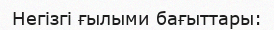
Негізгі ғылыми бағыттары: